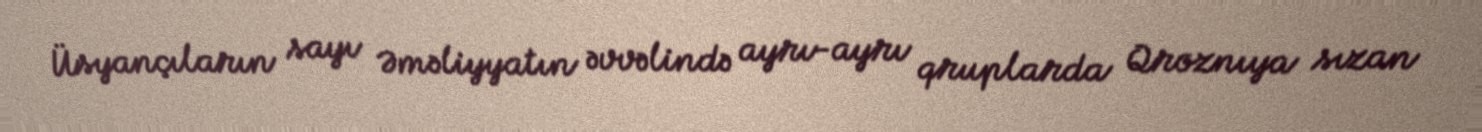
Üsyançıların sayı Əməliyyatın əvvəlində ayrı-ayrı qruplarda Qroznıya sızan